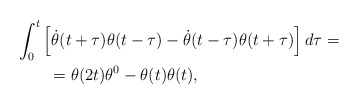
\begin{align*}\begin{aligned} & \int_{0}^{t}\left[\dot{\theta}(t+\tau)\theta(t-\tau)-\dot{\theta}(t-\tau)\theta(t+\tau)\right]d\tau=\\ & \qquad=\theta(2t)\theta^{0}-\theta(t)\theta(t),\end{aligned}\end{align*}